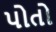
પોતો